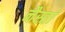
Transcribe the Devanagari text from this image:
नैस्तां